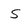
Character: s